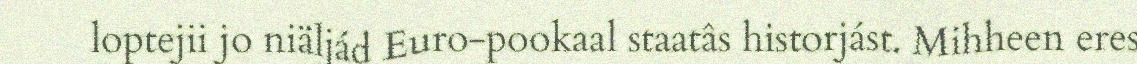
loptejii jo niäljád Euro-pookaal staatâs historjást. Mihheen eres